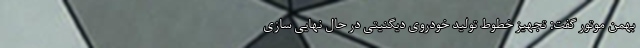
بهمن موتور گفت: تجهیز خطوط تولید خودروی دیگنیتی در حال نهایی سازی